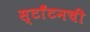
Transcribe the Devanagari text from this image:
स्टाँटनची